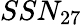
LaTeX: SSN_{27}